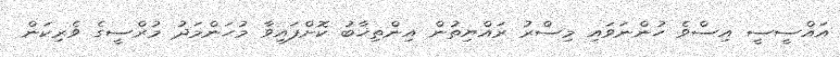
އައްސީސީ އިސްވެ ހުންނަވައި މިސްރު ރައްޔިތުން އިންތިޚާބު ކޮށްފައިވާ މުހަންމަދު މުރްސީގެ ވެރިކަން